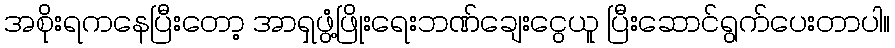
အစိုးရကနေပြီးတော့ အာရှဖွံ့ဖြိုးရေးဘဏ်ချေးငွေယူ ပြီးဆောင်ရွက်ပေးတာပါ။